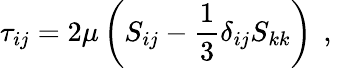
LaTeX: \tau_{ij}=2\mu\left(S_{ij}-\frac{1}{3}\delta_{ij}S_{kk}\right)\, \mathrm{~,~}